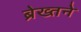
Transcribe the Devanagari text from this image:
ब्रेख्तने